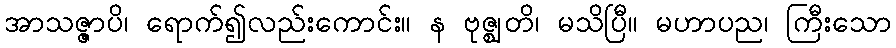
အာသဇ္ဇာပိ၊ ရောက်၍လည်းကောင်း။ န ဗုဇ္ဈတိ၊ မသိပြီ။ မဟာပည၊ ကြီးသော